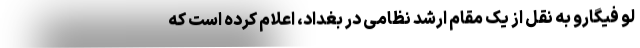
لو فیگارو به نقل از یک مقام ارشد نظامی در بغداد، اعلام کرده است که